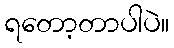
ရတော့တာပါပဲ။